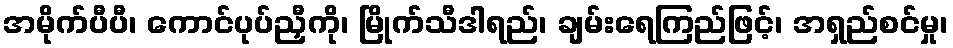
အမိုက်ပီပီ၊ ကောင်ပုပ်ညှီကို၊ မြိုက်သီဒါရည်၊ ချမ်းရေကြည်ဖြင့်၊ အရှည်စင်မှု၊